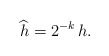
\begin{align*} \widehat h = 2^{-k}\,h.\end{align*}